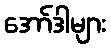
အော်ဒါများ